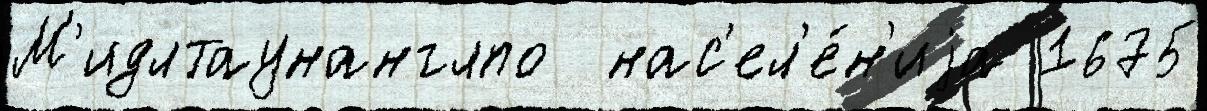
М'идлтаунанглпо  нас'ел'е́н'иjа 1675